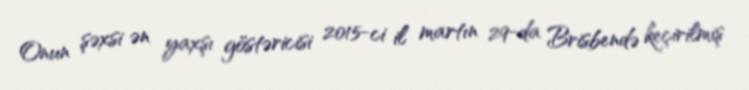
Onun şəxsi ən yaxşı göstəricisi 2015-ci il martın 29-da Brisbendə keçirilmiş